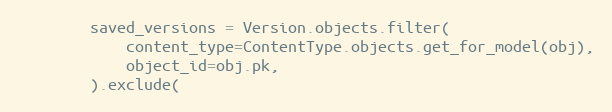
Language: Python
        saved_versions = Version.objects.filter(
            content_type=ContentType.objects.get_for_model(obj),
            object_id=obj.pk,
        ).exclude(